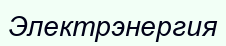
Электрэнергия